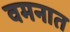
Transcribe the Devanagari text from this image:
वमनात